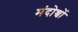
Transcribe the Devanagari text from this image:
मंदोच्चों